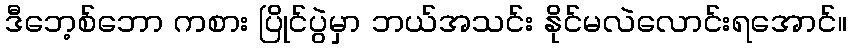
ဒီဘေ့စ်ဘော ကစား ပြိုင်ပွဲမှာ ဘယ်အသင်း နိုင်မလဲလောင်းရအောင်။